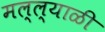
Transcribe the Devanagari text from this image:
मल्ल्याळी